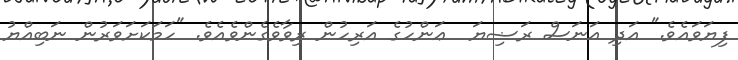
ފިޔަވައެވެ." އަދި އަނަސް ރަޟިޔަ  ޢަންހުގެ އަރިހުން ރިވާވެގެންވެއެވެ. "ހަމަކަށަވަރުން ނަބިއްޔު